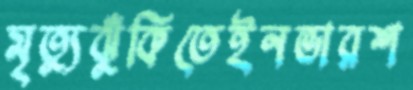
মৃত্যুঝুঁকিতেইনভারশ